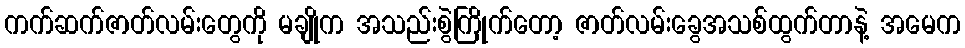
ကက်ဆက်ဇာတ်လမ်းတွေကို မချိုက အသည်းစွဲကြိုက်တော့ ဇာတ်လမ်းခွေအသစ်ထွက်တာနဲ့ အမေက